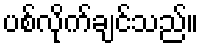
ပစ်လိုက်ချင်သည်။